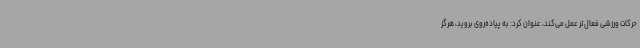
حرکات ورزشی فعال‌تر عمل می‌کند، عنوان کرد: به پیاده‌روی بروید، هرگز